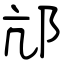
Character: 邟